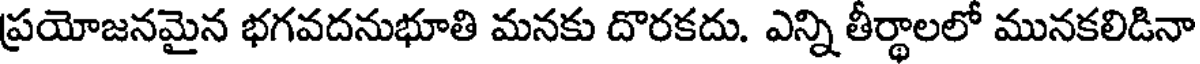
ప్రయోజనమైన భగవదనుభూతి మనకు దొరకదు. ఎన్ని తీర్థాలలో మునకలిడినా